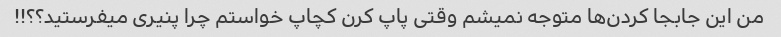
من این جابجا کردن‌ها متوجه نمیشم وقتی پاپ کرن کچاپ خواستم چرا پنیری میفرستید؟؟!!